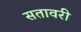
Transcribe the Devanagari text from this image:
सतावरी